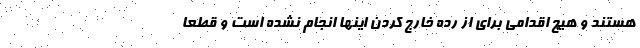
هستند و هیچ اقدامی برای از رده خارج کردن اینها انجام نشده است و قطعا